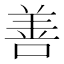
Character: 善